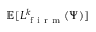
\mathbb { E } [ L _ { \mathrm { ~ f ~ i ~ r ~ m ~ } } ^ { k } ( \Psi ) ]